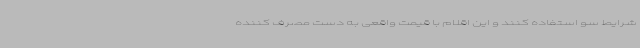
شرایط سو استفاده کنند و این اقلام با قیمت واقعی به دست مصرف کننده